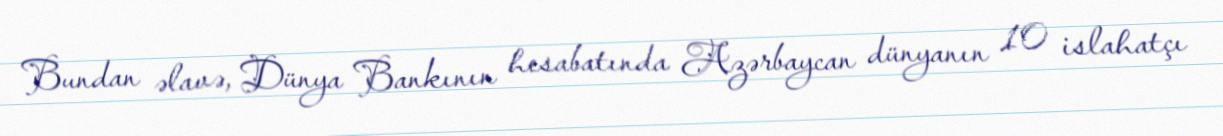
Bundan əlavə, Dünya Bankının hesabatında Azərbaycan dünyanın 10 islahatçı